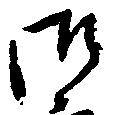
御